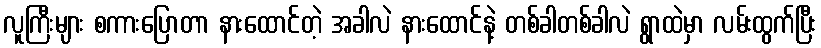
လူကြီးများ စကားပြောတာ နားထောင်တဲ့ အခါလဲ နားထောင်နဲ့ တစ်ခါတစ်ခါလဲ ရွာထဲမှာ လမ်းထွက်ပြီး